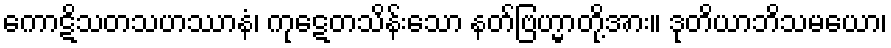
ကောဋိသတသဟဿာနံ၊ ကုဋေတသိန်းသော နတ်ဗြဟ္မာတို့အား။ ဒုတိယာဘိသမယော၊